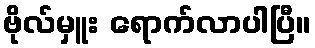
ဗိုလ်မှူး ရောက်လာပါပြီ။